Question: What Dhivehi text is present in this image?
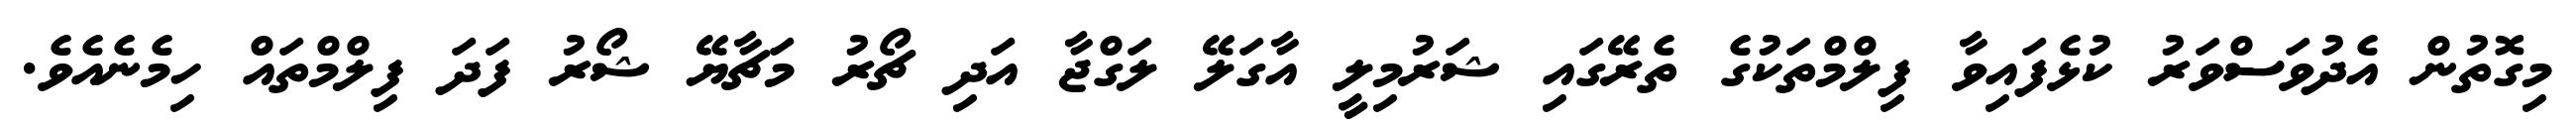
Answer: މިގޮތުން އެދުވަސްވަރު ކުޅެފައިވާ ފިލްމްތަކުގެ ތެރޭގައި ޝަރުމިލީ އާގަލޭ ލަގްޖާ އަދި ޗޯރު މަޗާޔޭ ޝޯރު ފަދަ ފިލްމްތައް ހިމެނެއެވެ.